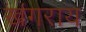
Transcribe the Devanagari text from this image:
खंगराय